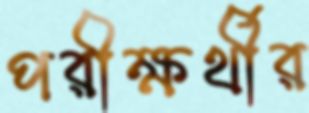
পরীক্ষর্থীর